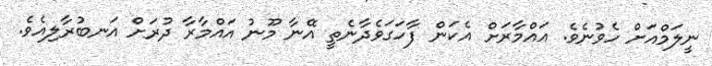
ނީލަމްއަށް ހެވުނެވެ. އައްމާރަށް އެކަން ފާހަގަވެދާނެތީ އޭނާ މޫނު އައްމާރާ ދުރަށް އަނބުރާލިއެވެ.